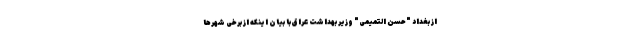
از بغداد "حسن التمیمی" وزیر بهداشت عراق با بیان اینکه از برخی شهرها